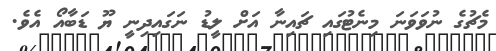
މެޗުގެ ނުވަވަނަ މިނެޓުގައި ޗައިނާ އަށް ލީޑު ނަގައިދިނީ ޔޫ ޑަބާއޯ އެވެ.